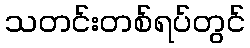
သတင်းတစ်ရပ်တွင်